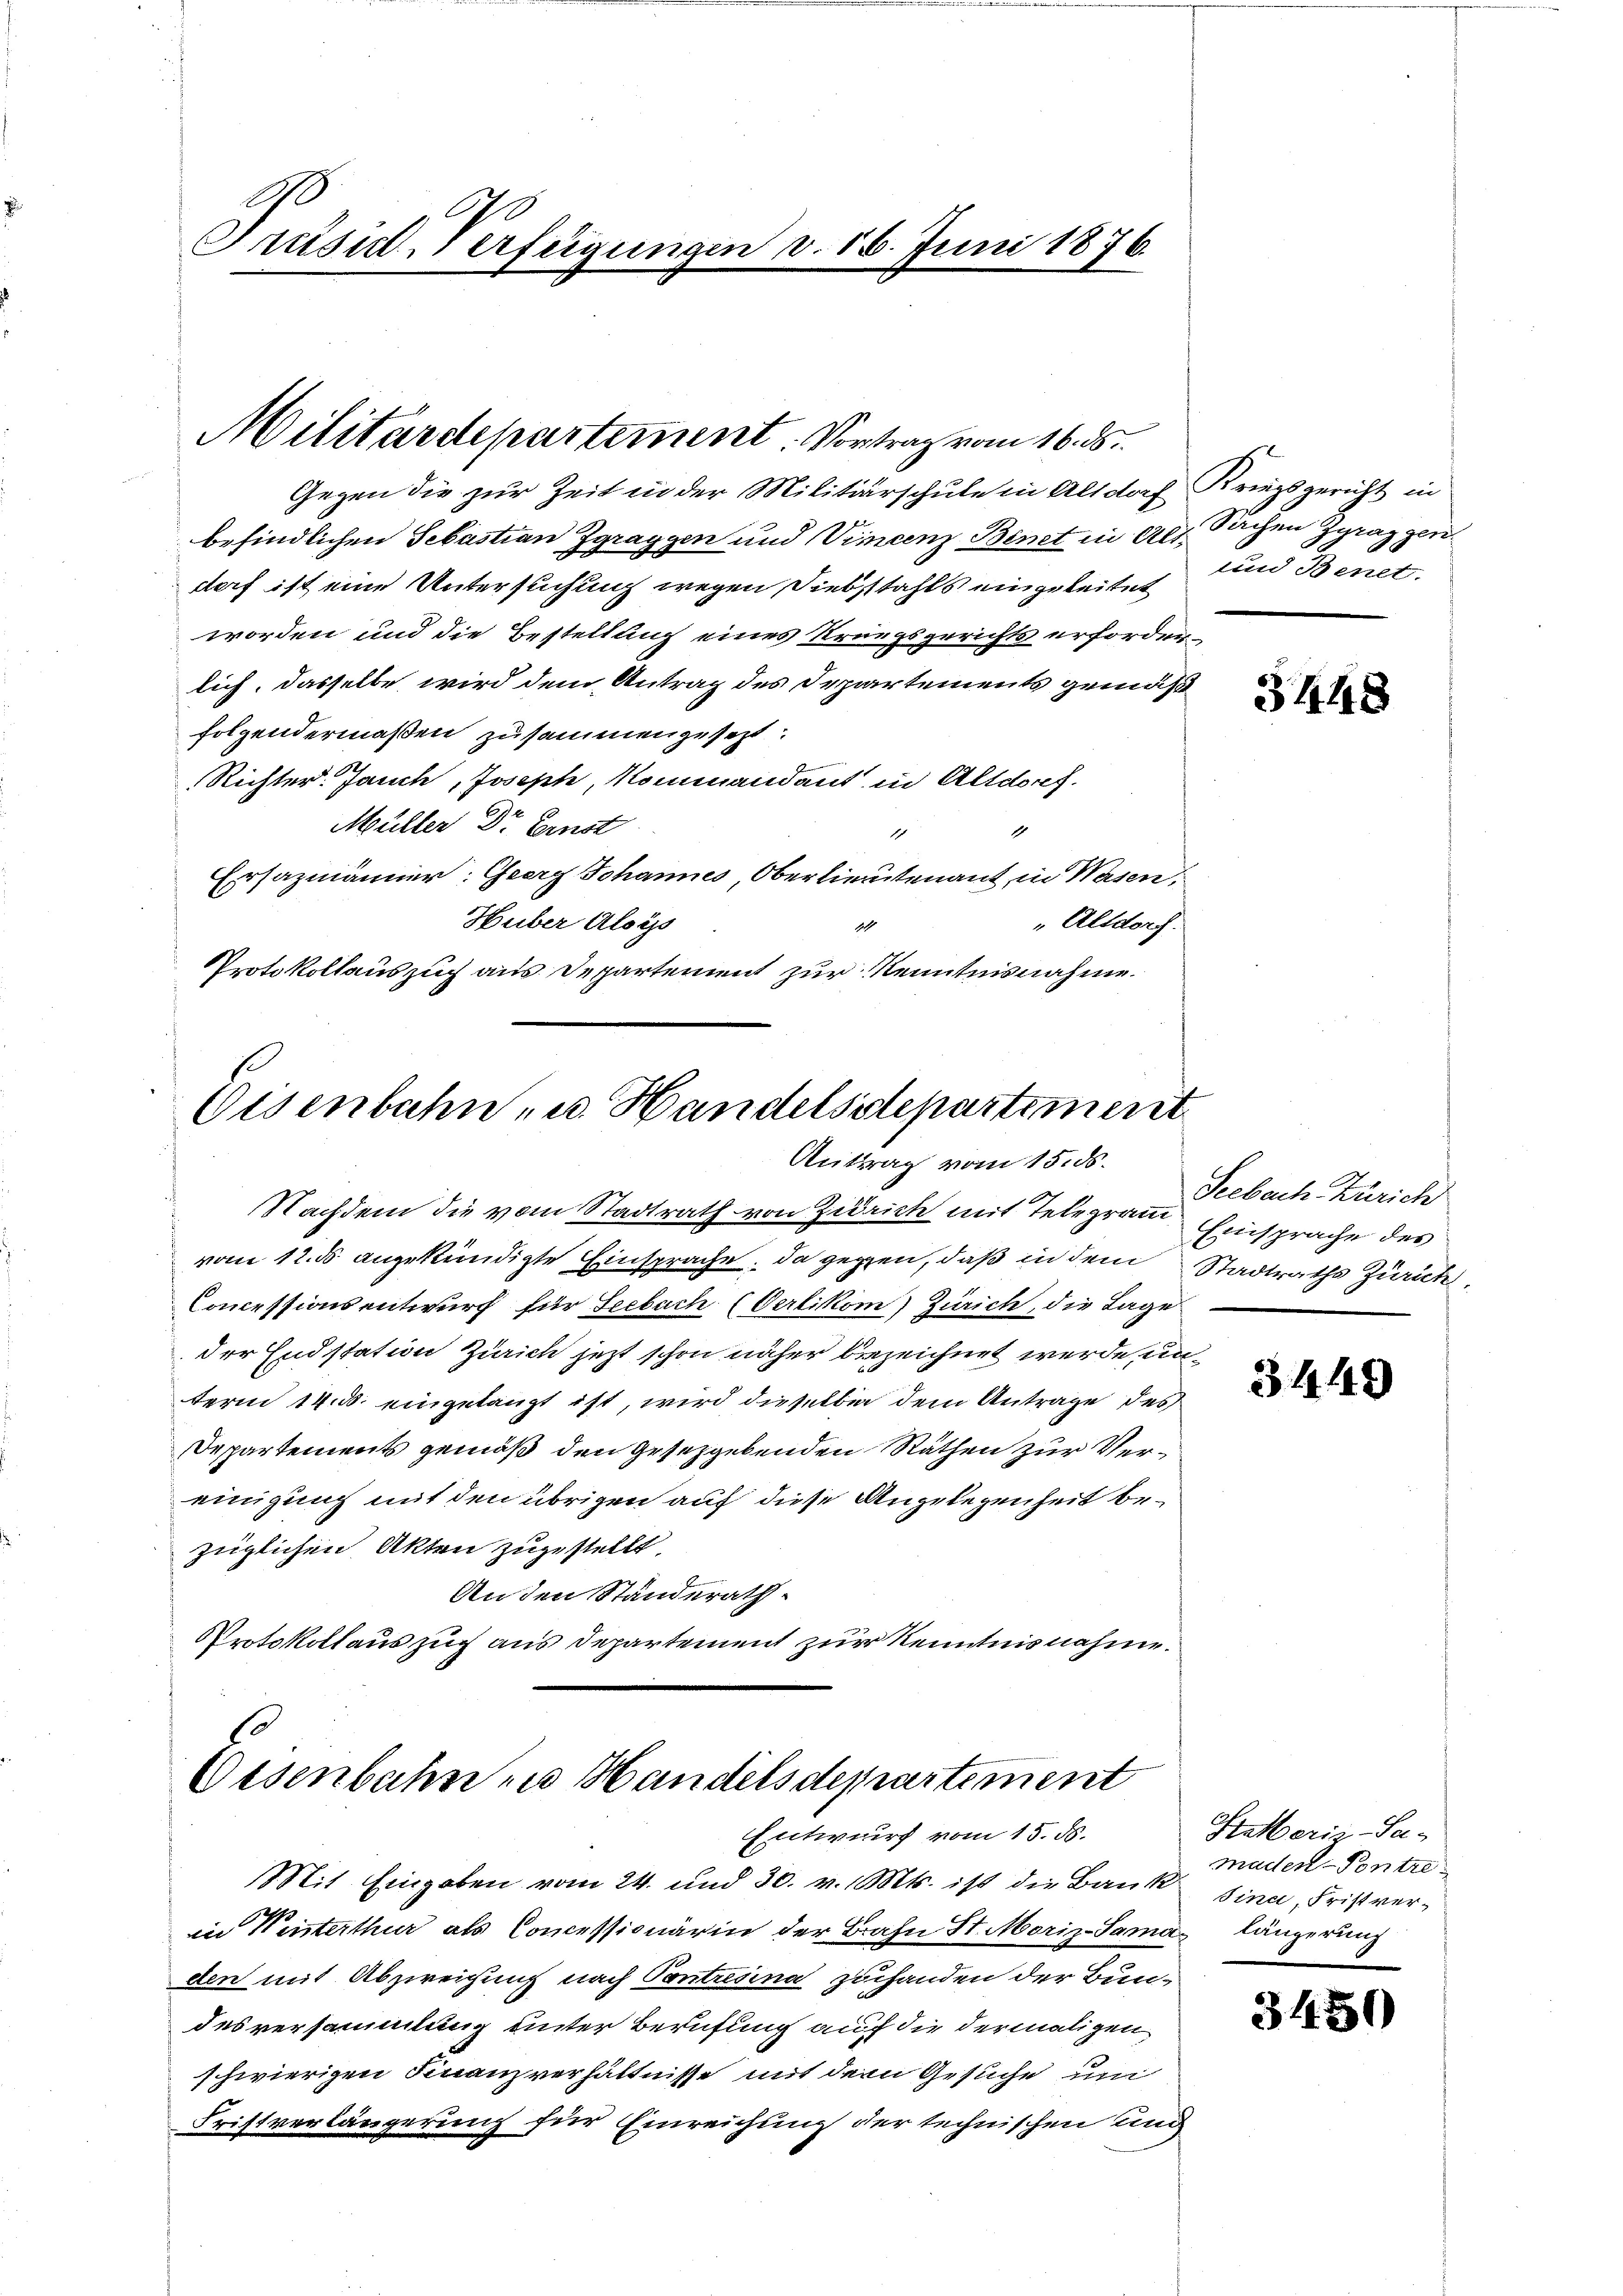
e
Präsid-Verfügungen v. 16. Juni 1876.

Gegen die zur Zeit in der Militärschule in Altdorf Kriegsgericht in
befindlichen Sebastian Zgraggen und Vincenz Benet in als Sachen Zgraggen
doch ist eine Untersuchung wegen Diebstahls eingeleitet
worden und die Bestellung eines Krungsgerichts erforder-
lich, dasselbe wird dem Antrag des Departements gemäß
folgendermaßen zusammenzusetzt.
Richter. Jauch, Joseph, Kommandant in Altdorf.
Müller Dr. Einst
1
Ersazmänner: Geery Johannes, Oberlieutenant, in Wasen
Huber Alsys
" Altdorf.
14
Protokollauszug aus Departement zur Kenntnisnahme.

Militärdepartement. Vortrag vom 16. ds.

Eisenbahn- u. Handelsdepartement
Antrag vom 15. ds.

Nachdem die vom Stadtrath von Zürich mit Telegram Einsprache des
vom 12. ds. angekündigte Einsprache, da gegen, daß in dem Stadtraths Zürich,
Commissionsentwurf für Seebach Oerlikon Zürich, die Lage
der Endstation Zürich jetzt schon näher bezeichnet werde, unterm 14. d. eingelangt ist, wird dieselben dem Antrage des
Departements gemäß den Gesetzgebenden Räthen zur Vereinigung mit den übrigen auf diese Angelegenheit bezüglichen Akten zuzustellt.
An den Standerath
Protokollauszug aus Departement zur Kenntnisnahme.

.
Eisenbahn zu Handelsdepartement
Entwurf vom 15. ds.

Mit Eingaben vom 24. und 30. v. Mts. ist die Bank sina, Frist verin Weisterthur als Concessionärin der Bahn St. Moriz-Samas längerung
den mit Abzweigung nach Contresina zuhanden der Bun-
desversammlung unter Berufung auf die dermaligen
schwierigen Finanzverhältnisse mit dem Gesuche un
Fristverlängerung für Einreichung der technischen und

und Benet.

3448

Seebach Zürich

3449

Stetterie-Sa-
maden-Pontre

3450